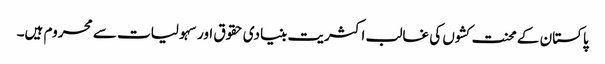
پاکستان کے محنت کشوں کی غالب اکثریت بنیادی حقوق اور سہولیات سے محروم ہیں۔